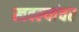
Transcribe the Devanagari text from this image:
खवल्यांवर